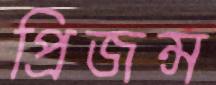
প্রিজন্স